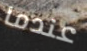
عندما